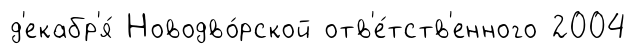
д'екабр'я́ Новодво́рской отв'е́тств'енного 2004